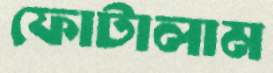
ফোটালাম